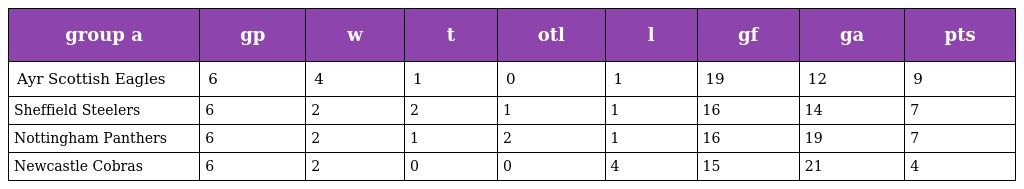
| group a | gp | w | t | otl | l | gf | ga | pts |
 | --- | --- | --- | --- | --- | --- | --- | --- | --- |
 | Ayr Scottish Eagles | 6 | 4 | 1 | 0 | 1 | 19 | 12 | 9 |
 | Sheffield Steelers | 6 | 2 | 2 | 1 | 1 | 16 | 14 | 7 |
 | Nottingham Panthers | 6 | 2 | 1 | 2 | 1 | 16 | 19 | 7 |
 | Newcastle Cobras | 6 | 2 | 0 | 0 | 4 | 15 | 21 | 4 |